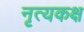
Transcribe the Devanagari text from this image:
नृत्यकक्ष